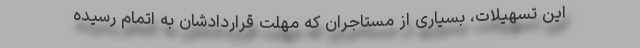
این تسهیلات، بسیاری از مستاجران که مهلت قراردادشان به اتمام رسیده